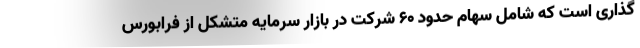
گذاری است که شامل سهام حدود 60 شرکت در بازار سرمایه متشکل از فرابورس